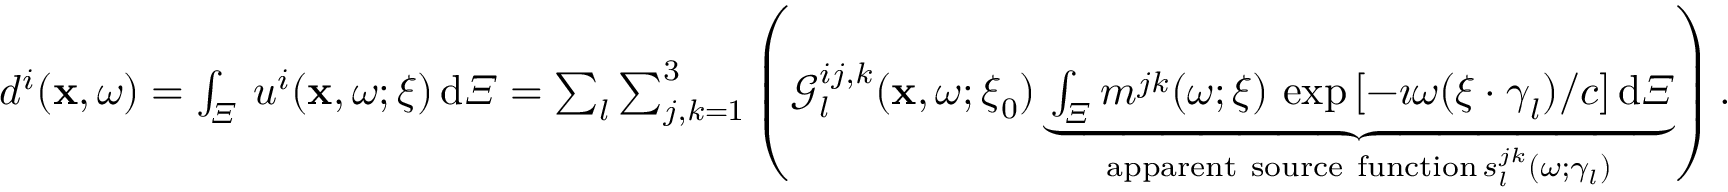
\begin{array} { r } { d ^ { i } ( \mathbf { x } , \omega ) = \int _ { \varXi } \, u ^ { i } ( \mathbf { x } , \omega ; \boldsymbol { \xi } ) \, \mathrm { d } \varXi = \sum _ { l } \sum _ { j , k = 1 } ^ { 3 } \left( \mathcal { G } _ { l } ^ { i j , k } ( \mathbf { x } , \omega ; \boldsymbol { \xi } _ { 0 } ) \underbrace { \int _ { \varXi } m ^ { j k } ( \omega ; \boldsymbol { \xi } ) \, \exp { [ - \imath \omega ( \boldsymbol { \xi } \cdot \boldsymbol \gamma _ { l } ) / c ] } \, \mathrm { d } \varXi } _ { \mathrm { a p p a r e n t ~ s o u r c e ~ f u n c t i o n } \, s _ { l } ^ { j k } ( \omega ; \gamma _ { l } ) } \right) . } \end{array}